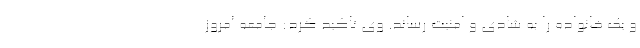
و یک خانواده را به شادی و امنیت رساند. وی تاکید کرد: جامعه امروز